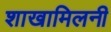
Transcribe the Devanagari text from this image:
शाखामिलनी